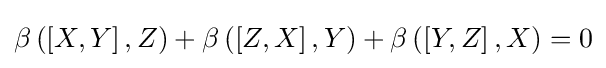
\beta \left(\left[X,Y\right],Z\right)+\beta \left(\left[Z,X\right],Y\right)+\beta \left(\left[Y,Z\right],X\right)=0